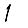
Digit: 1